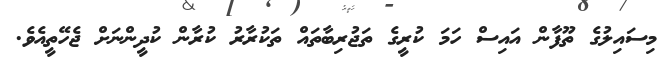
މިސައިލުގެ ތޫފާން އައިސް ހަމަ ކުރީގެ ތަޖުރިބާތައް ތަކުރާރު ކުރާން ކުދީންނަށް ޖެހޭތީއެވެ.